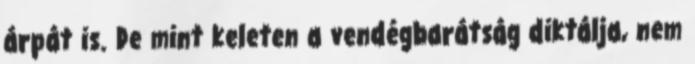
árpát is. De mint keleten a vendégbarátság diktálja, nem